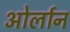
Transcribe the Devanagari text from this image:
ओर्लान